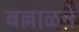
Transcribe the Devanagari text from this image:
बल्लाळने